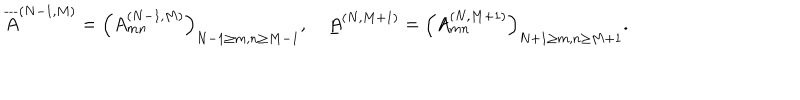
\overline { { { A } } } ^ { ( N - 1 , M ) } = \Bigl ( A _ { m n } ^ { ( N - 1 , M ) } \Bigr ) _ { N - 1 \ge m , n \ge M - 1 } , \quad \underline { { { A } } } ^ { ( N , M + 1 ) } = \Bigl ( A _ { m n } ^ { ( N , M + 1 ) } \Bigr ) _ { N + 1 \ge m , n \ge M + 1 } .